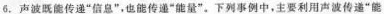
6.声波既能传递”信息”，也能传递”能量”。下列事例中，主要利用声波传递”能